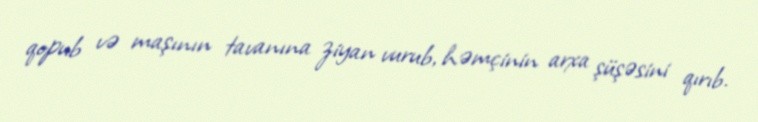
qopub və maşının tavanına ziyan vurub, həmçinin arxa şüşəsini qırıb.